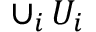
\cup _ { i } \, U _ { i }